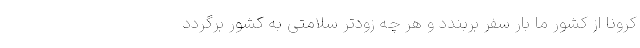
کرونا از کشور ما بار سفر بربندد و هر چه زودتر سلامتی به کشور برگردد